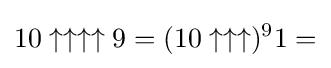
10\uparrow \uparrow \uparrow \uparrow 9=(10\uparrow \uparrow \uparrow )^{9}1=